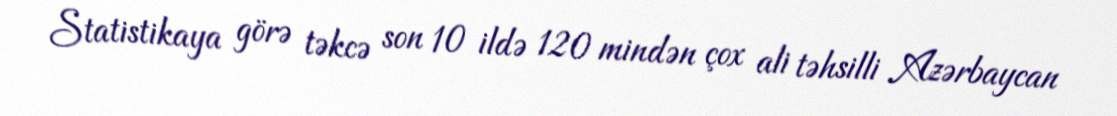
Statistikaya görə təkcə son 10 ildə 120 mindən çox ali təhsilli Azərbaycan